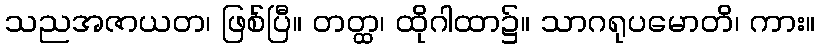
သညအဇာယတ၊ ဖြစ်ပြီ။ တတ္ထ၊ ထိုဂါထာ၌။ သာဂရုပမောတိ၊ ကား။